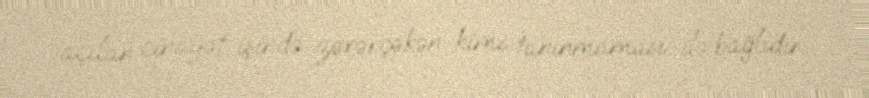
açılan cinayət işində zərərçəkən kimi tanınmaması ilə bağlıdır.